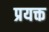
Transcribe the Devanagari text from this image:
प्रयक्त